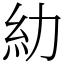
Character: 糼